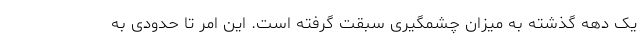
یک دهه گذشته به میزان چشمگیری سبقت گرفته است. این امر تا حدودی به